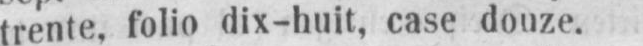
trente, folio dix-huit, case douze.